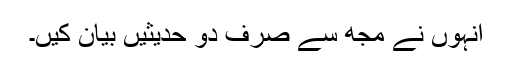
انہوں نے مجھ سے صرف دو حدیثیں بیان کیں۔